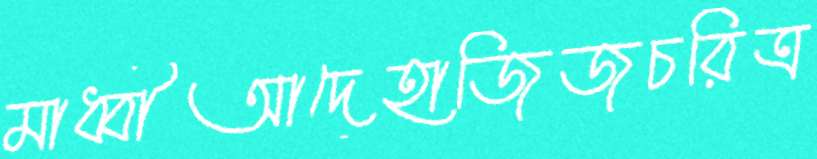
মাধ্বীআদেহাজিজচরিত্র